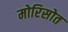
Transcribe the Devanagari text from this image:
मोरिसोत